Scottish Leaving Certificate Examination, 1960
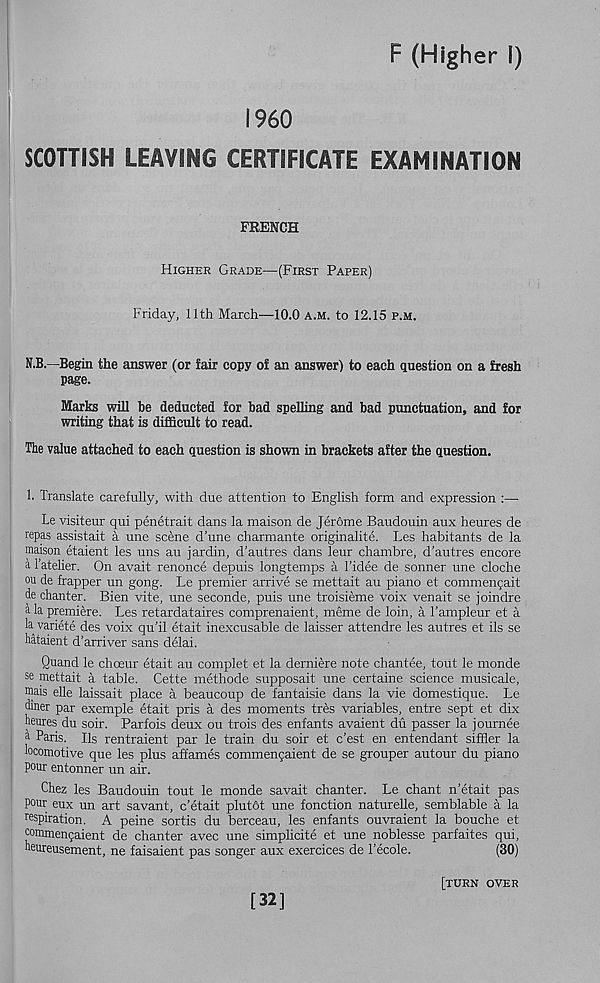
F (Higher I)
I960
SCOTTISH LEAVING CERTIFICATE EXAMINATION
FRENCH
Higher Grade—(First Paper)
Friday, 11th March—10.0 a.m. to 12.15 p.m.
N.B.—Begin the answer (or fair copy of an answer) to each question on a fresh
page.
Marks will be deducted for bad spelling and bad punctuation, and for
writing that is difficult to read.
The value attached to each question is shown in brackets after the question.
!• Translate carefully, with due attention to English form and expression :—•
Le visiteur qui penetrait dans la maison de Jerome Baudouin aux heures de
repas assistait a une scene d’une charmante originalite. Les habitants de la
maison etaient les uns au jardin, d’autres dans leur chambre, d’autres encore
a Tatelier. On avait renonce depuis longtemps a Tidee de sonner une cloche
on de frapper un gong. Le premier arrive se mettait au piano et commenjait
de chanter. Bien vite, une seconde, puis une troisieme voix venait se joindre
a la premiere. Les retardataires comprenaient, meme de loin, a Tampleur et a
la variete des voix qu’il etait inexcusable de laisser attendre les autres et ils se
hataient d’arriver sans delai.
Quand le choeur etait au complet et la derniere note chantee, tout le monde
se mettait a table. Cette methode supposait une certaine science musicale,
mais elle laissait place a beaucoup de fantaisie dans la vie domestique. Le
diner par exemple etait pris a des moments tres variables, entre sept et dix
heures du soir. Parfois deux ou trois des enfants avaient du passer la journee
h Paris. Ils rentraient par le train du soir et c’est en entendant sifher la
locomotive que les plus affames commengaient de se grouper autour du piano
pour entonner un air.
Chez les Baudouin tout le monde savait chanter. Le chant n’etait pas
pour eux un art savant, c’etait plutot une fonction naturelle, semblable a la
respiration. A peine sortis du berceau, les enfants ouvraient la bouche et
oommen9aient de chanter avec une simplicite et une noblesse parfaites qui,
heureusement, ne faisaient pas songer aux exercices de Tecole.
(30)
[32]
[turn over